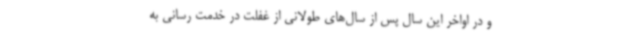
و در اواخر این سال پس از سال‌های طولانی از غفلت در خدمت رسانی به